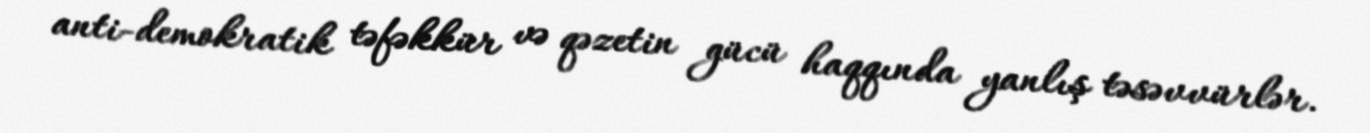
anti-demokratik təfəkkür və qəzetin gücü haqqında yanlış təsəvvürlər.